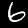
Label: 6